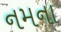
નમના